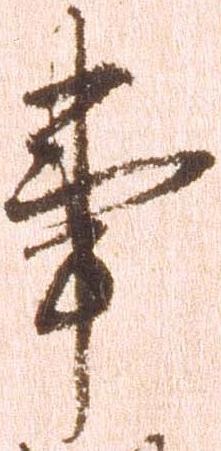
事